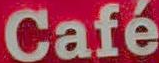
Café